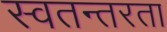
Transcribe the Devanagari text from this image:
स्वतन्तरता